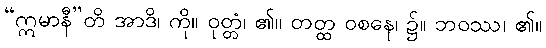
“ဣမာနီ”တိ အာဒိ၊ ကို။ ဝုတ္တံ၊ ၏။ တတ္ထ ဝစနေ၊ ၌။ ဘဝဿ၊ ၏။